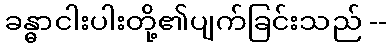
ခန္ဓာငါးပါးတို့၏ပျက်ခြင်းသည် --